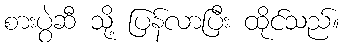
စားပွဲဆီ သို့ ပြန်လာပြီး ထိုင်သည်။